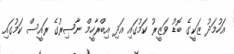
އަހުމަދު ޒަކީގެ ބޮޑު ވަޒީރު ކަމުގައި އަދި އިބްރާހީމް ނާޞިރުގެ ރައީސް ކަމުގައި